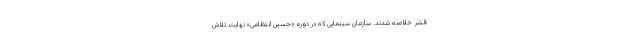
قشر خلاصه شدند. سازمان سینمایی که در دوره «حسین انتظامی» نهایت تلاش